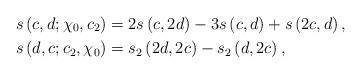
LaTeX: \begin{align*}s\left( c,d;\chi_{0},c_{2}\right) & =2s\left( c,2d\right) -3s\left(c,d\right) +s\left( 2c,d\right) ,\\s\left( d,c;c_{2},\chi_{0}\right) & =s_{2}\left( 2d,2c\right)-s_{2}\left( d,2c\right) ,\end{align*}